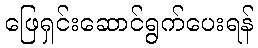
ဖြေရှင်းဆောင်ရွက်ပေးရန်